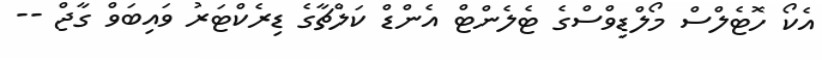
އެކޯ ހޮޓެލްސް މޯލްޑިވްސްގެ ޓެލެންޓް އެންޑް ކަލްޗާގެ ޑިރެކްޓަރު ވައިބަވް ގާޖް --